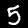
Label: 5